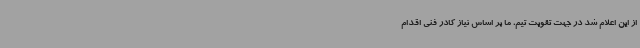
از این اعلام شد در جهت تقویت تیم، ما بر اساس نیاز کادر فنی اقدام